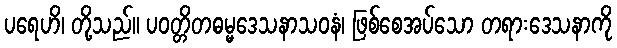
ပရေဟိ၊ တို့သည်။ ပဝတ္တိတဓမ္မဒေသနာသဝနံ၊ ဖြစ်စေအပ်သော တရားဒေသနာကို